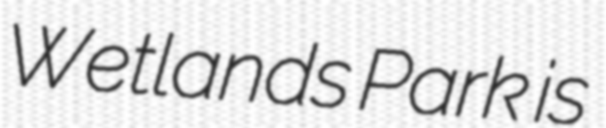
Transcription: Wetlands Park is